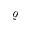
\varrho